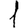
Digit: 1